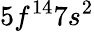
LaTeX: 5f^{14}7s^{2}